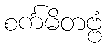
စင်္ကမိတဗ္ဗံ